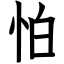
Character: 怕